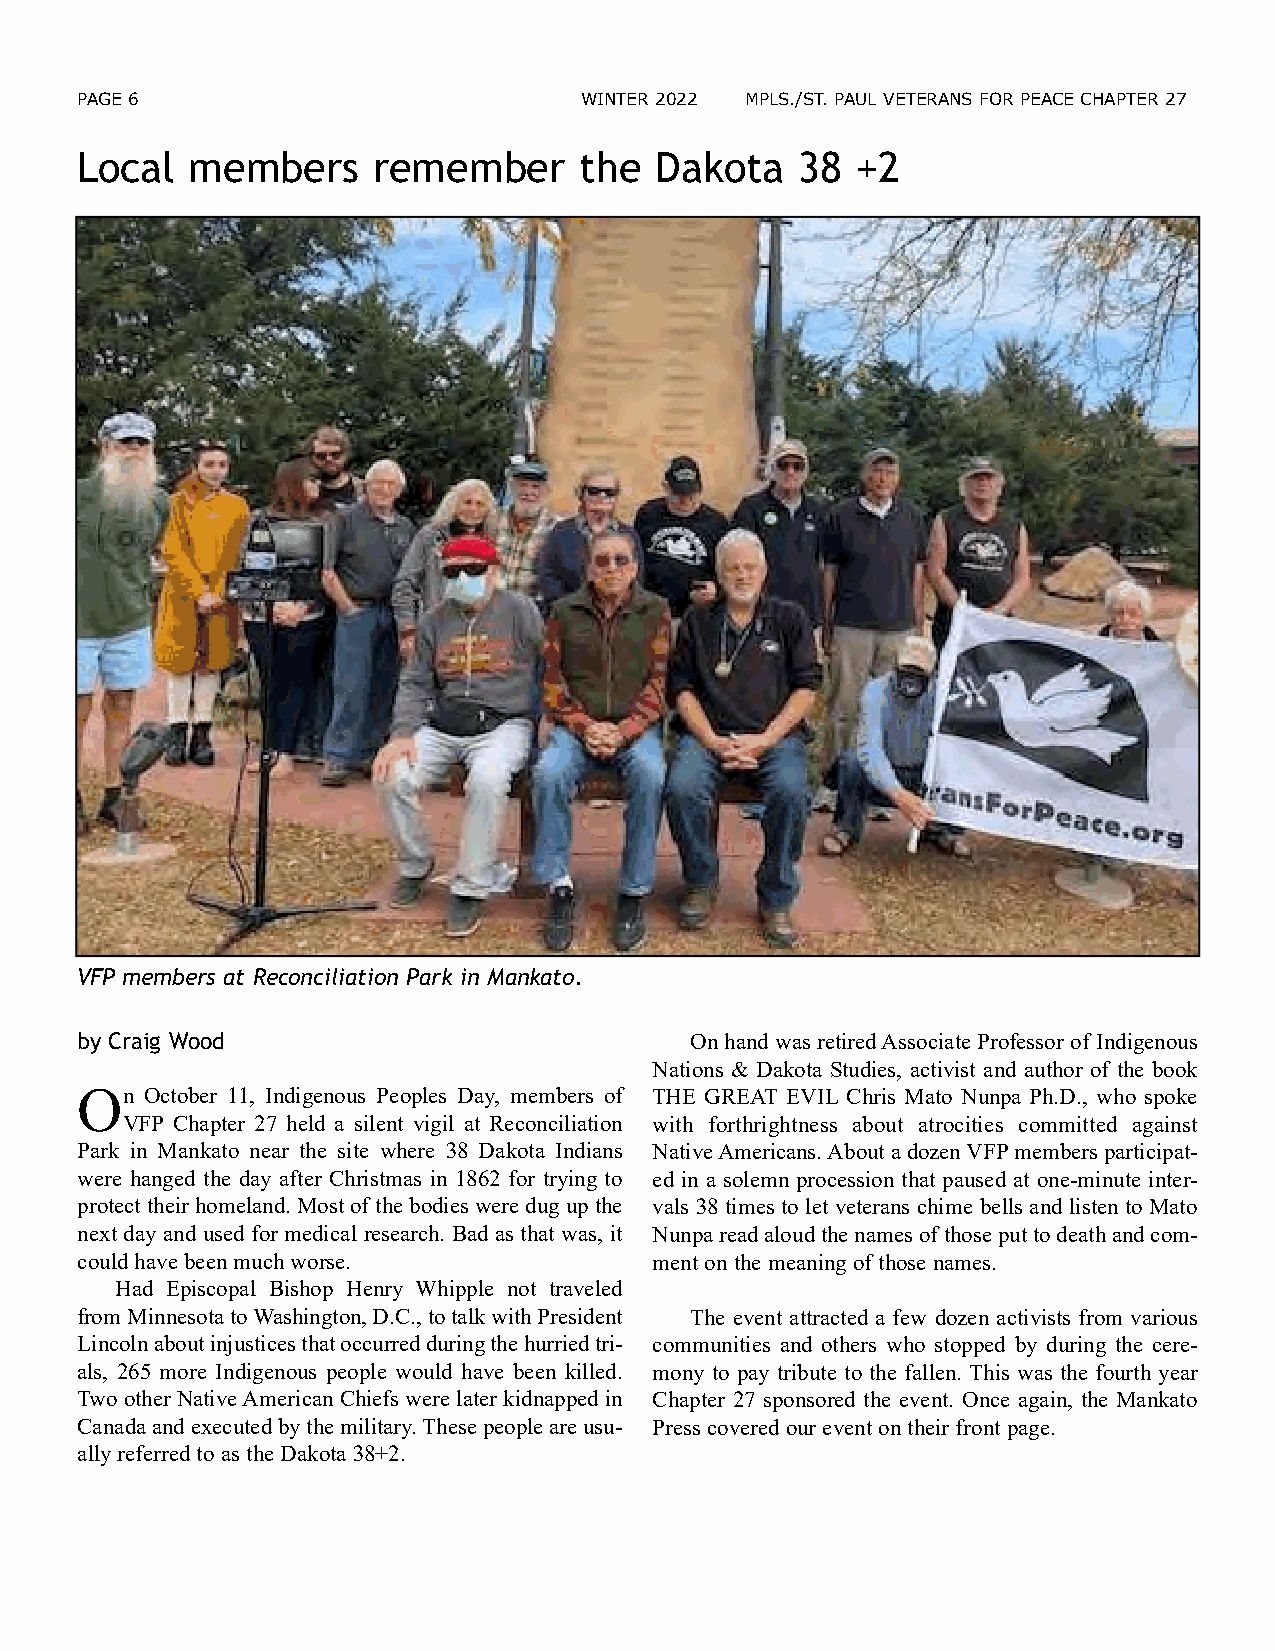
PAGE 6                           WINTER 2022 MPLS./ST. PAUL VETERANS FOR PEACE CHAPTER 27
 Local   members     remember     the  Dakota    38  +2
 VFP members at Reconciliation Park in Mankato.
 by Craig Wood                            On hand was retired Associate Professor of Indigenous
 Nations & Dakota Studies, activist and author of the book
 On   October 11, Indigenous Peoples Day, members of THE GREAT EVIL Chris Mato Nunpa Ph.D., who spoke
 VFP Chapter 27 held a silent vigil at Reconciliation with forthrightness about atrocities committed against
 Park in Mankato near the site where 38 Dakota Indians Native Americans. About a dozen VFP members participat-
 were hanged the day after Christmas in 1862 for trying to ed in a solemn procession that paused at one-minute inter-
 protect their homeland. Most of the bodies were dug up the vals 38 times to let veterans chime bells and listen to Mato
 next day and used for medical research. Bad as that was, it Nunpa read aloud the names of those put to death and com-
 could have been much worse.           ment on the meaning of those names.
 Had Episcopal Bishop Henry Whipple not traveled
 from Minnesota to Washington, D.C., to talk with President The event attracted a few dozen activists from various
 Lincoln about injustices that occurred during the hurried tri- communities and others who stopped by during the cere-
 als, 265 more Indigenous people would have been killed. mony to pay tribute to the fallen. This was the fourth year
 Two other Native American Chiefs were later kidnapped in Chapter 27 sponsored the event. Once again, the Mankato
 Canada and executed by the military. These people are usu- Press covered our event on their front page.
 ally referred to as the Dakota 38+2.